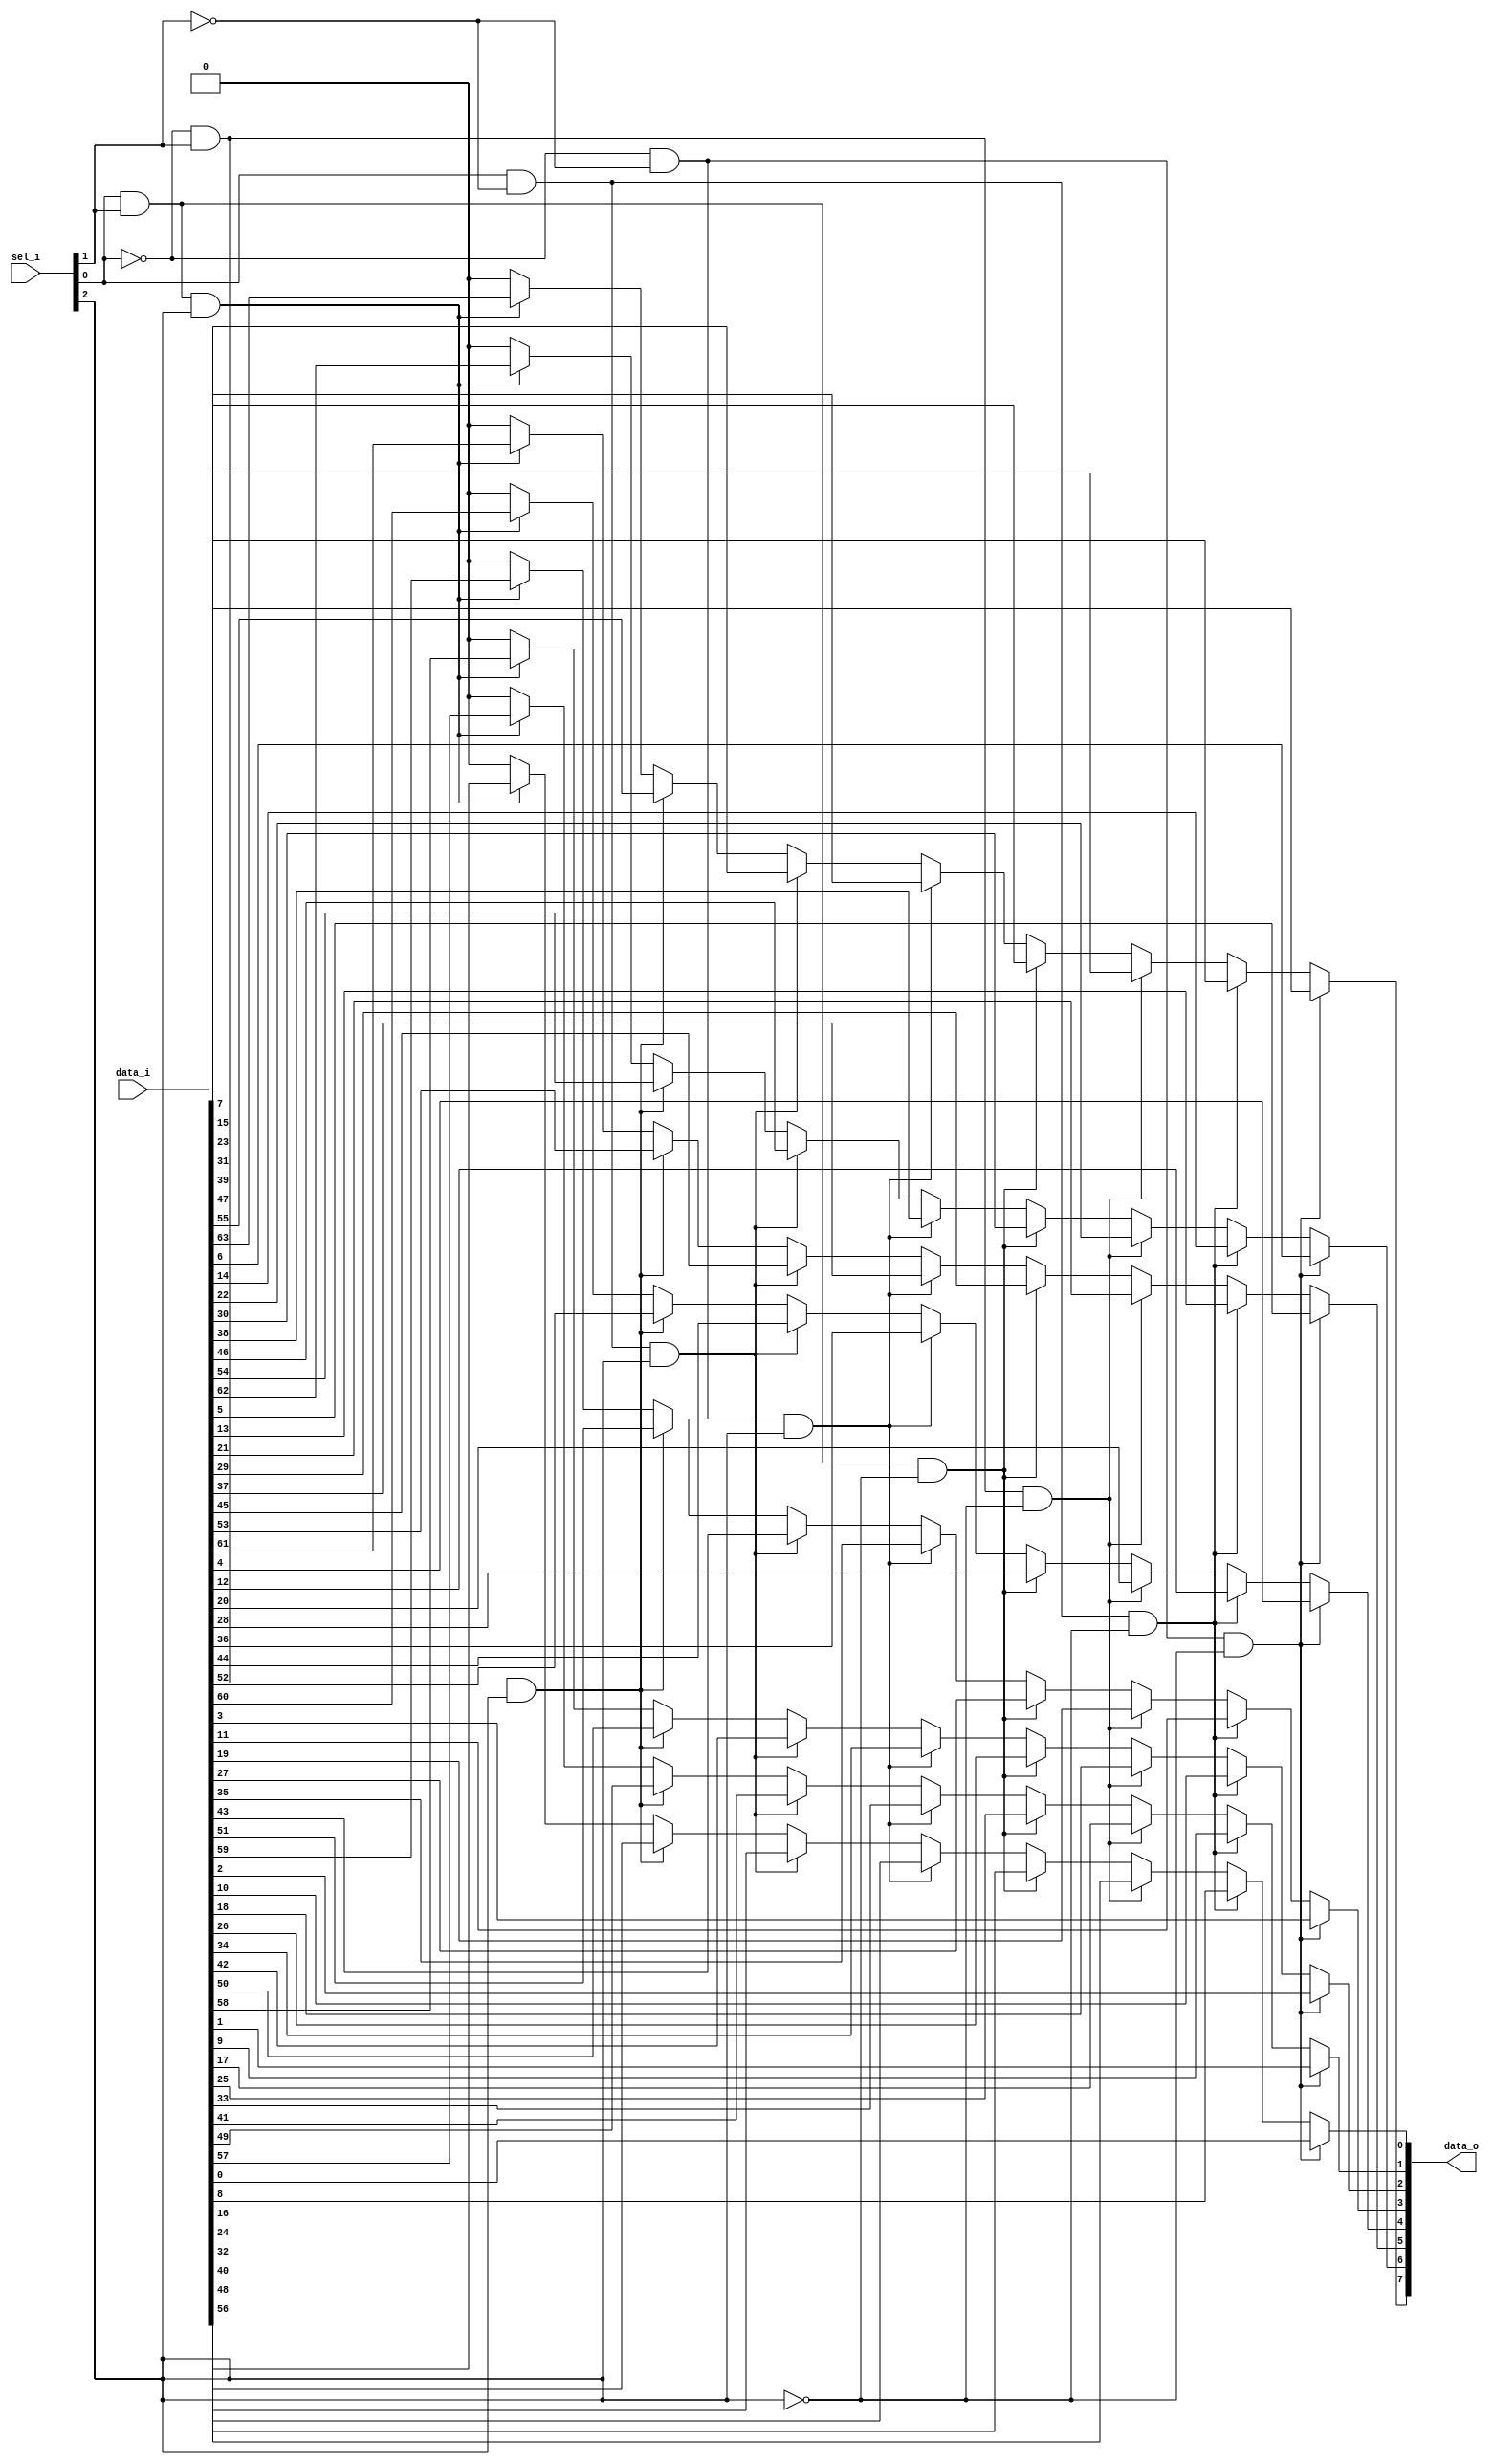
module bsg_mux_width_p8_els_p8
(
  data_i,
  sel_i,
  data_o
);

  input [63:0] data_i;
  input [2:0] sel_i;
  output [7:0] data_o;
  wire [7:0] data_o;
  wire N0,N1,N2,N3,N4,N5,N6,N7,N8,N9,N10,N11,N12,N13,N14;
  assign data_o[7] = (N7)? data_i[7] : 
                     (N9)? data_i[15] : 
                     (N11)? data_i[23] : 
                     (N13)? data_i[31] : 
                     (N8)? data_i[39] : 
                     (N10)? data_i[47] : 
                     (N12)? data_i[55] : 
                     (N14)? data_i[63] : 1'b0;
  assign data_o[6] = (N7)? data_i[6] : 
                     (N9)? data_i[14] : 
                     (N11)? data_i[22] : 
                     (N13)? data_i[30] : 
                     (N8)? data_i[38] : 
                     (N10)? data_i[46] : 
                     (N12)? data_i[54] : 
                     (N14)? data_i[62] : 1'b0;
  assign data_o[5] = (N7)? data_i[5] : 
                     (N9)? data_i[13] : 
                     (N11)? data_i[21] : 
                     (N13)? data_i[29] : 
                     (N8)? data_i[37] : 
                     (N10)? data_i[45] : 
                     (N12)? data_i[53] : 
                     (N14)? data_i[61] : 1'b0;
  assign data_o[4] = (N7)? data_i[4] : 
                     (N9)? data_i[12] : 
                     (N11)? data_i[20] : 
                     (N13)? data_i[28] : 
                     (N8)? data_i[36] : 
                     (N10)? data_i[44] : 
                     (N12)? data_i[52] : 
                     (N14)? data_i[60] : 1'b0;
  assign data_o[3] = (N7)? data_i[3] : 
                     (N9)? data_i[11] : 
                     (N11)? data_i[19] : 
                     (N13)? data_i[27] : 
                     (N8)? data_i[35] : 
                     (N10)? data_i[43] : 
                     (N12)? data_i[51] : 
                     (N14)? data_i[59] : 1'b0;
  assign data_o[2] = (N7)? data_i[2] : 
                     (N9)? data_i[10] : 
                     (N11)? data_i[18] : 
                     (N13)? data_i[26] : 
                     (N8)? data_i[34] : 
                     (N10)? data_i[42] : 
                     (N12)? data_i[50] : 
                     (N14)? data_i[58] : 1'b0;
  assign data_o[1] = (N7)? data_i[1] : 
                     (N9)? data_i[9] : 
                     (N11)? data_i[17] : 
                     (N13)? data_i[25] : 
                     (N8)? data_i[33] : 
                     (N10)? data_i[41] : 
                     (N12)? data_i[49] : 
                     (N14)? data_i[57] : 1'b0;
  assign data_o[0] = (N7)? data_i[0] : 
                     (N9)? data_i[8] : 
                     (N11)? data_i[16] : 
                     (N13)? data_i[24] : 
                     (N8)? data_i[32] : 
                     (N10)? data_i[40] : 
                     (N12)? data_i[48] : 
                     (N14)? data_i[56] : 1'b0;
  assign N0 = ~sel_i[0];
  assign N1 = ~sel_i[1];
  assign N2 = N0 & N1;
  assign N3 = N0 & sel_i[1];
  assign N4 = sel_i[0] & N1;
  assign N5 = sel_i[0] & sel_i[1];
  assign N6 = ~sel_i[2];
  assign N7 = N2 & N6;
  assign N8 = N2 & sel_i[2];
  assign N9 = N4 & N6;
  assign N10 = N4 & sel_i[2];
  assign N11 = N3 & N6;
  assign N12 = N3 & sel_i[2];
  assign N13 = N5 & N6;
  assign N14 = N5 & sel_i[2];

endmodule